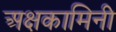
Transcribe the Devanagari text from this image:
अक्षकामिनी